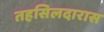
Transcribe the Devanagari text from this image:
तहसिलदारास